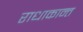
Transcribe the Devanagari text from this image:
राधाकान्‍त